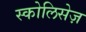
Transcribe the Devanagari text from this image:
स्कोलिसेज़